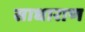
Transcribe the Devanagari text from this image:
साधाराण